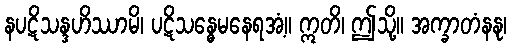
နပဋိသန္ဒဟိဿာမိ၊ ပဋိသန္ဓေမနေရအံ့။ ဣတိ၊ ဤသို့။ အက္ခာတံနနု၊